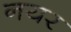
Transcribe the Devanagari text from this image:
नयर